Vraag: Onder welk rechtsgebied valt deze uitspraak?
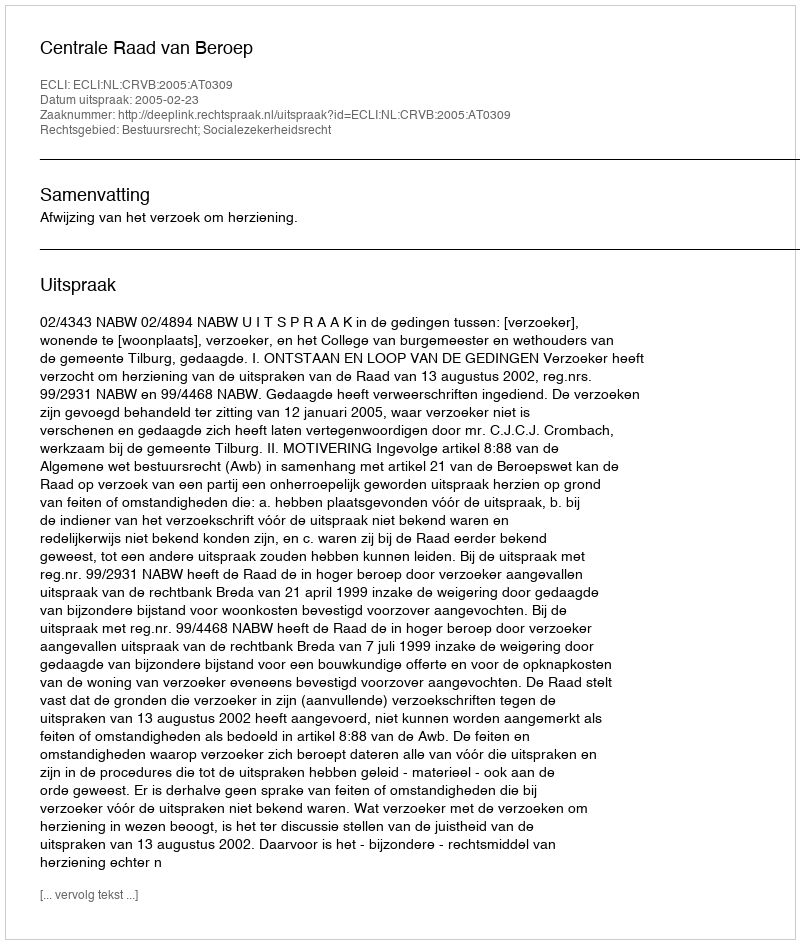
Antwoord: Bestuursrecht; Socialezekerheidsrecht